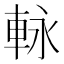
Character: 𮝊